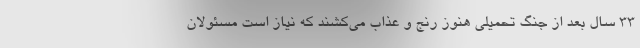
۳۳ سال بعد از جنگ تحمیلی هنوز رنج و عذاب می‌کشند که نیاز است مسئولان